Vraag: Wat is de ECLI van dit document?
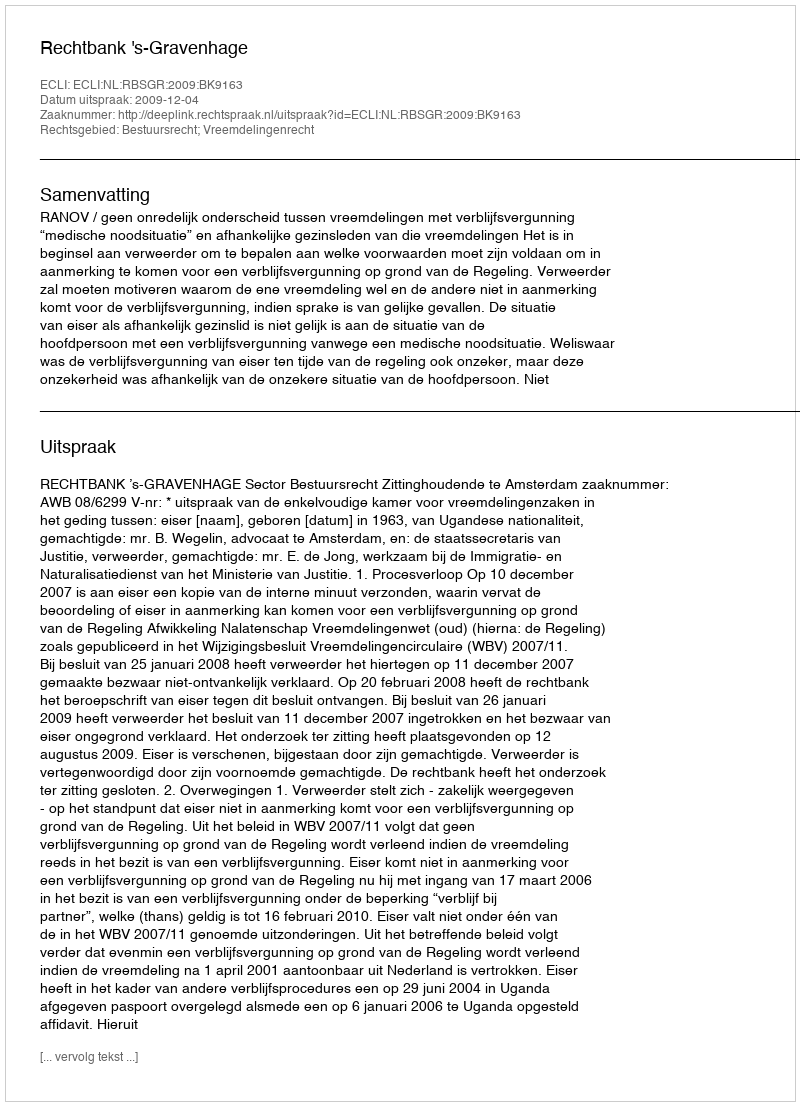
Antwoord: ECLI:NL:RBSGR:2009:BK9163